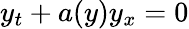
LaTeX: y_{t}+a(y)y_{x}=0